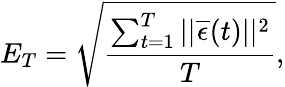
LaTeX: E_{T}=\sqrt{\frac{\sum_{t=1}^{T}||\overline{{\epsilon}}(t)||^{2}}{T}},